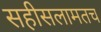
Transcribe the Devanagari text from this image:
सहीसलामतच